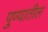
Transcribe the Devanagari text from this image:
पु्ण्यातील